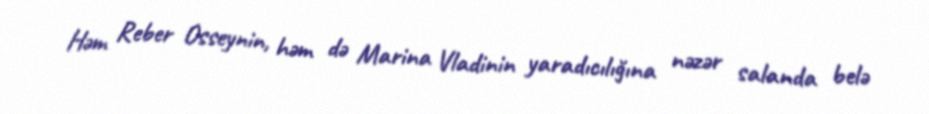
Həm Reber Osseynin, həm də Marina Vladinin yaradıcılığına nəzər salanda belə